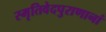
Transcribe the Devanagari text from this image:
स्मृतिवेदपुराणानां